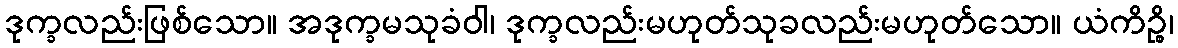
ဒုက္ခလည်းဖြစ်သော။ အဒုက္ခမသုခံဝါ၊ ဒုက္ခလည်းမဟုတ်သုခလည်းမဟုတ်သော။ ယံကိဉ္စိ၊